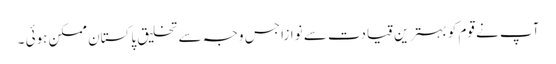
آپ نے قوم کو بہترین قیادت سے نوازا جس وجہ سے تخلیق پاکستان ممکن ہوئی ۔